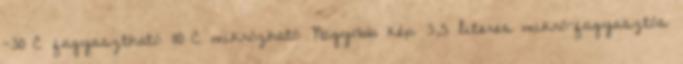
-30°C fagyasztható 110°C mikrózható Nagyobb kép 3,5 literes mikró-fagyasztós